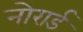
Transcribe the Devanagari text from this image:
नोरार्ड